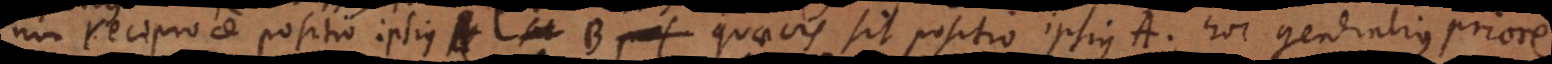
non reciproce positio ipsius B quaevis sit positio ipsius A, hoc generalius priore